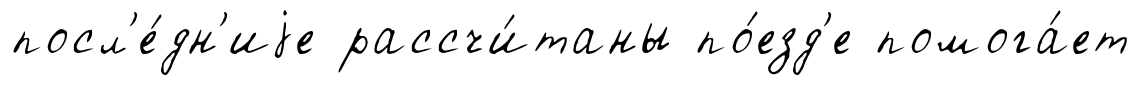
посл'е́дн'иjе рассчи́таны по́езд'е помога́ет